Vaccine operations Central Provinces 1886-1899 - 1886-1899
Year: 1886
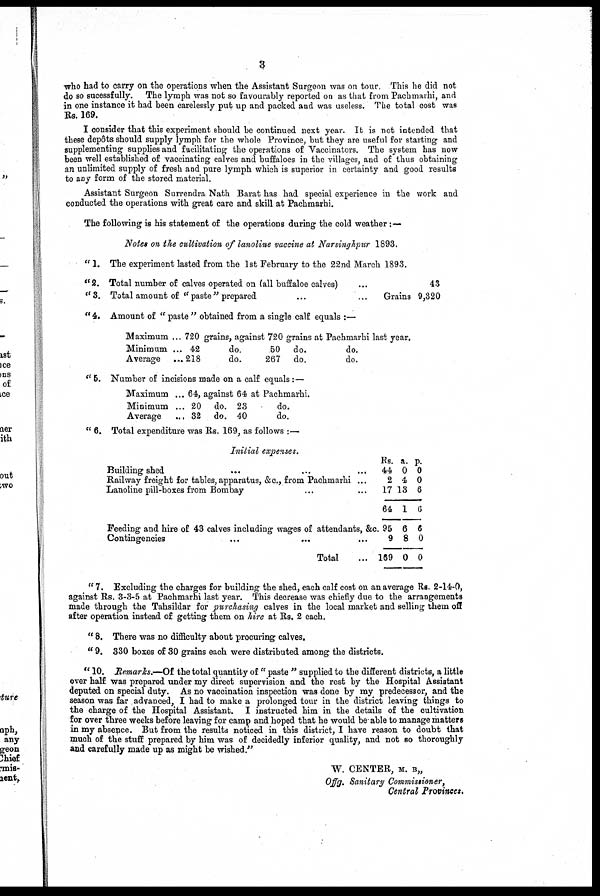
3
who had to carry on the operations when the Assistant Surgeon was on tour. This he did not
do so sucessfully. The lymph was not so favourably reported on as that from Pachmarhi, and
in one instance it had been carelessly put up and packed and was useless. The total cost was
Rs. 169.
I consider that this experiment should be continued next year. It is not intended that
these depôts should supply lymph for the whole Province, but they are useful for starting and
supplementing supplies and facilitating the operations of Vaccinators. The system has now
been well established of vaccinating calves and buffaloes in the villages, and of thus obtaining
an unlimited supply of fresh and pure lymph which is superior in certainty and good results
to any form of the stored material.
Assistant Surgeon Surrendra Nath Barat has had special experience in the work and
conducted the operations with great care and skill at Pachmarhi.
The following is his statement of the operations during the cold weather :—
Notes on the cultivation of lanoline vaccine at Narsinghpur 1893.
"1.
"2.
"3.
The experiment lasted from the 1st February to the 22nd March 1893.
Total number of calves operated on (all buffaloe calves) ...
Total amount of " paste " prepared ... ...
43
Grains 9,320
" 4. Amount of " paste " obtained from a single calf equals :—
Maximum ...
Minimum ...
Average ...
720 grains, against 720 grains at Pachmarhi last year.
42
do.
50 do.
do.
218
do.
267 do.
do.
" 6. Number of incisions made on a calf equals:—
Maximum ...
Minimum ...
Average ...
64, against 64 at Pachmarhi.
20 do. 23
do.
32 do. 40
do.
" 6. Total expenditure was Rs. 169, as follows :—
Initial expenses.
Building shed ... ... ...
Railway freight for tables,apparatus, &c., from Pachmarhi ...
Lanoline pill-boxes from Bombay ... ...
Feeding and hire of 43 calves including wages of attendants, &c.
Contingencies ... ... ...
Total ...
Rs.
44
2
17
64
95
9
169
a.
0
4
13
1
6
8
0
p.
0
0
6
6
6
0
0
" 7. Excluding the charges for building the shed, each calf cost on an average Rs. 2-14-0,
against Rs. 3-3-5 at Pachmarhi last year. This decrease was chiefly due to the arrangements
made through the Tahsildar for purchasing calves in the local market and selling them off
after operation instead of getting them on hire at Rs. 2 each.
" 8. There was no difficulty about procuring calves.
" 9. 330 boxes of 30 grains each were distributed among the districts.
" 10. Remarks.—Of the total quantity of " paste " supplied to the different districts, a little
over half was prepared under my direct supervision and the rest by the Hospital Assistant
deputed on special duty. As no vaccination inspection was done by my predecessor, and the
season was far advanced, I had to make a prolonged tour in the district leaving things to
the charge of the Hospital Assistant. I instructed him in the details of the cultivation
for over three weeks before leaving for camp and hoped that he would be able to manage matters
in my absence. But from the results noticed in this district, I have reason to doubt that
much of the stuff prepared by him was of decidedly inferior quality, and not so thoroughly
and carefully made up as might be wished."
W. CENTER, M. B„
Offg. Sanitary Commissioner,
Central Provinces.